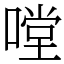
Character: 嘡